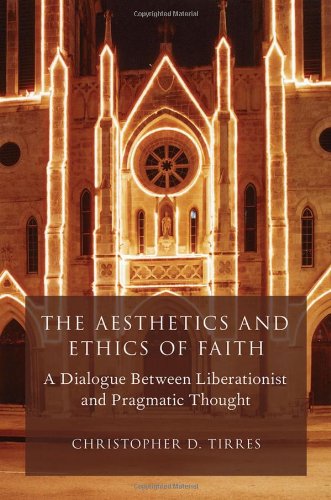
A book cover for The Aesthetics and Ethics of Faith: A Dialogue Between Liberationist and Pragmatic Thought (AAR Reflection and Theory in the Study of Religion); Christopher D. Tirres; Christian Books & Bibles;